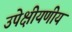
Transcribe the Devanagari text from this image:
उपेक्षीयणीय